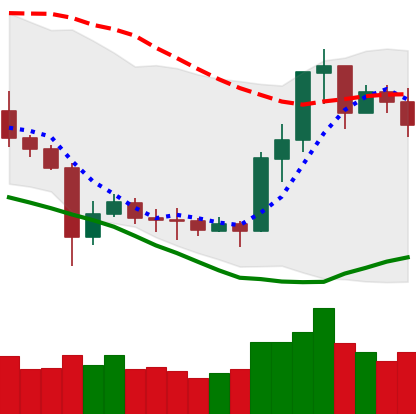
Ticker: ETC-USD
Chart end date: 2020-07-13
Forward return: -4.167%
Label: down_3_5